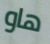
هاو